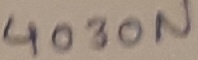
Text: 4030N